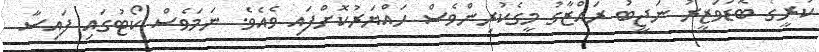
ކުރީގެ ބޮޑުވަޒީރު ނަޖީބު ރައްޒާގު މީގެކުރިންވެސް ހައްޔަރުކޮށްފައި ވެއެވެ. ނަމަވެސް ކޯޓުގައި ފައިސާ